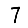
Digit: 7